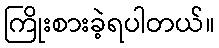
ကြိုးစားခဲ့ရပါတယ်။